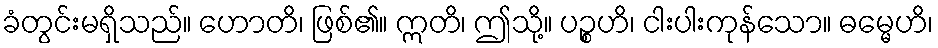
ခံတွင်းမရှိသည်။ ဟောတိ၊ ဖြစ်၏။ ဣတိ၊ ဤသို့။ ပဉ္စဟိ၊ ငါးပါးကုန်သော။ ဓမ္မေဟိ၊